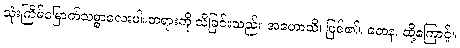
သုံးကြိမ်မြောက်သစ္စာလေးပါးတရားကို သိခြင်းသည်။ အဟောသိ၊ ဖြစ်၏။ တေန၊ ထို့ကြောင့်။